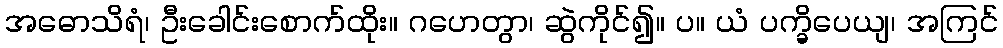
အဓောသိရံ၊ ဦးခေါင်းစောက်ထိုး။ ဂဟေတွာ၊ ဆွဲကိုင်၍။ ပ။ ယံ ပက္ခိပေယျ၊ အကြင်